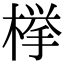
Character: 榉